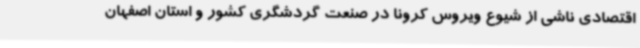
اقتصادی ناشی از شیوع ویروس کرونا در صنعت گردشگری کشور و استان اصفهان